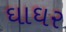
ઘાઘર